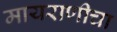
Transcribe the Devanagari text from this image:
मायराणीचा